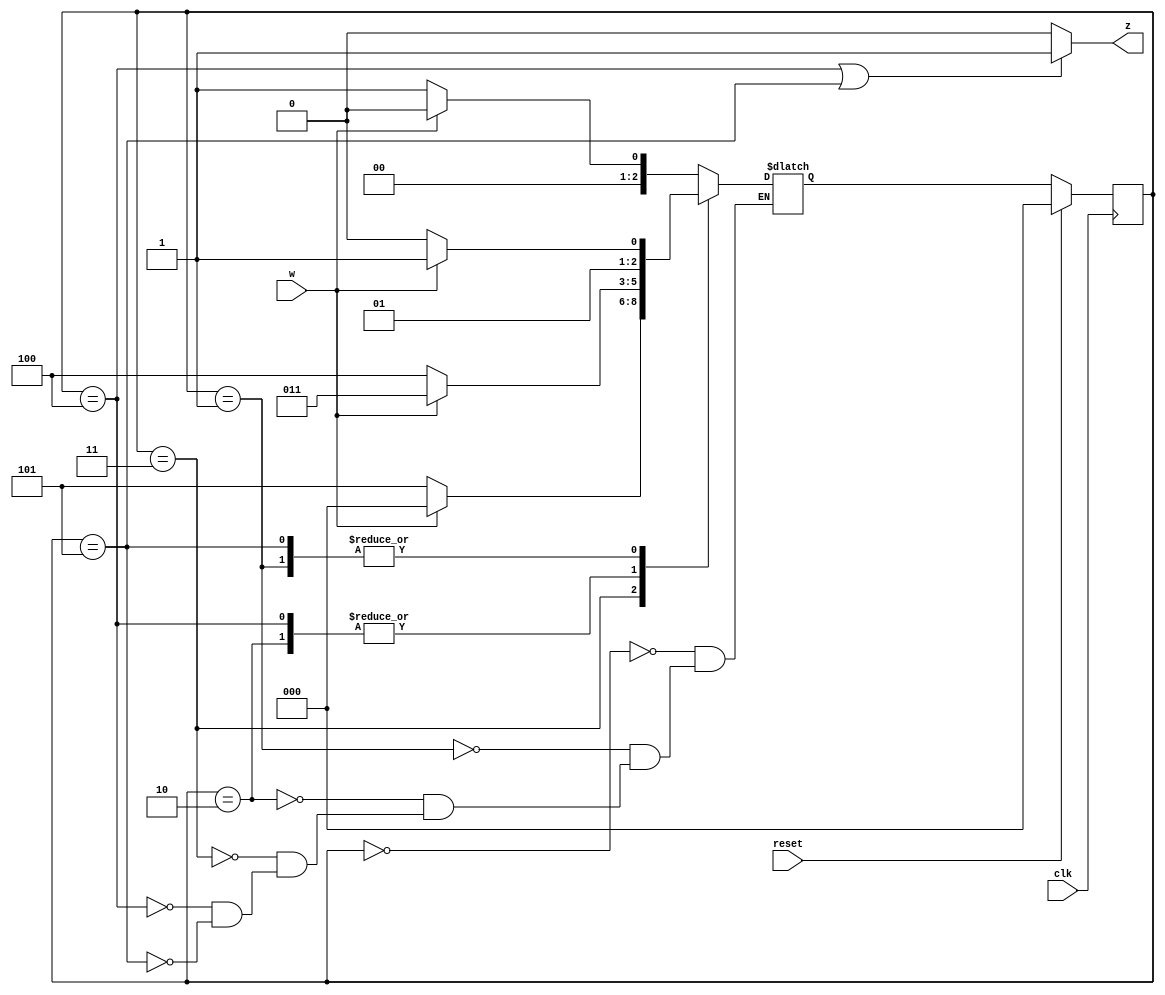
/*
Written by Aditya Wani
Github: https://github.com/25Aditya25
Solution to Sequential Logic -> Finite State Machnes -> Exams/m2014 q6
*/
module top_module (
    input clk,
    input reset,     // synchronous reset
    input w,
    output z);

    parameter A=3'd0, B=3'd1, C=3'd2, D=3'd3, E=3'd4, F=3'd5, G=3'd6;
    
    reg [2:0] state,next_state;
    
    //Always block that tracks changes in inputs and decides next_state
    always@(*)
        begin
            case(state)
            	A:
                    if(w==1'b0) begin
                    	next_state<=B;
                    end
                    else if(w==1'b1) begin
						next_state<=A;
                    end
                B:
                    if(w==1'b0) begin
                    	next_state<=C;
                    end
                    else if(w==1'b1) begin
						next_state<=D;
                    end
                C:
                    if(w==1'b0) begin
                    	next_state<=E;
                    end
                    else if(w==1'b1) begin
						next_state<=D;
                    end
                D:
                    if(w==1'b0) begin
                    	next_state<=F;
                    end
                    else if(w==1'b1) begin
						next_state<=A;
                    end
                E:
                    if(w==1'b0) begin
                    	next_state<=E;
                    end
                    else if(w==1'b1) begin
						next_state<=D;
                    end
                F:
                    if(w==1'b0) begin
                    	next_state<=C;
                    end
                    else if(w==1'b1) begin
						next_state<=D;
                    end
            endcase
        end
    
    //Always Block to change state 
    always@(posedge clk)
        begin
            if(reset==1'b1)
                begin
                	state<=A;
                end
            else
                begin
                	state<=next_state;
                end
        end
    
    //Output Assignment
    assign z=(state==E || state==F)?1'b1:1'b0;
endmodule